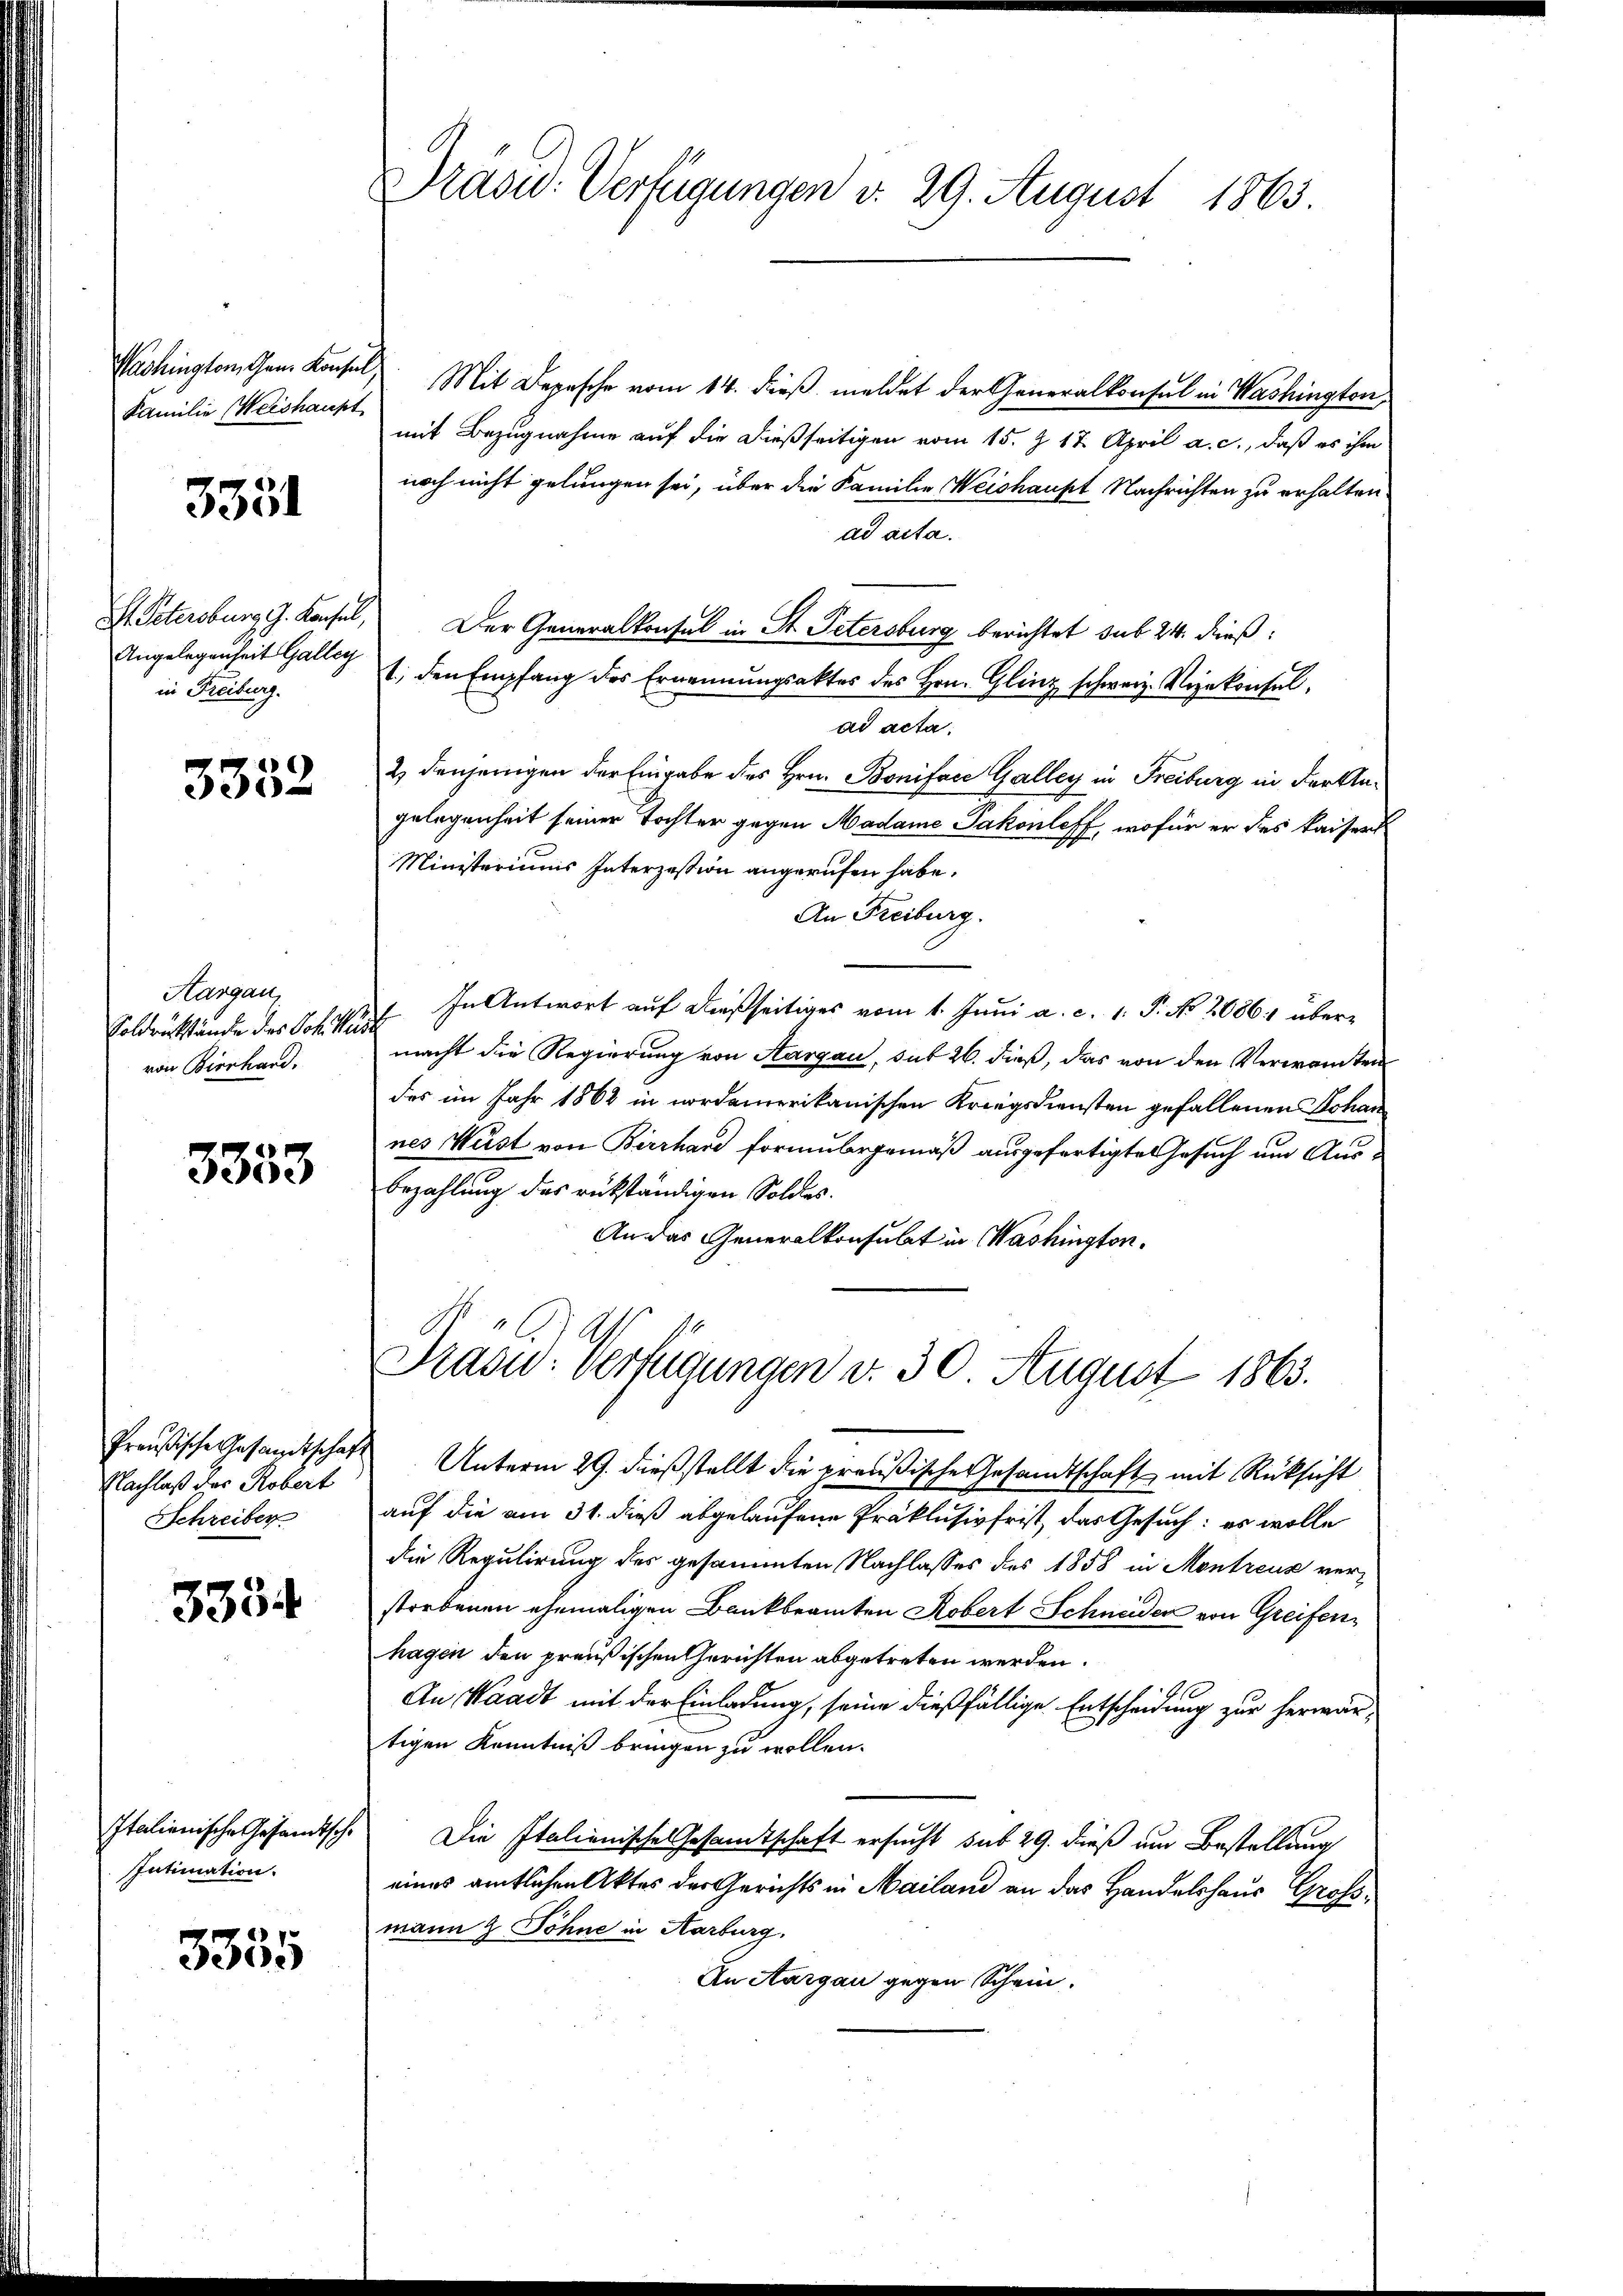
Familie Weishaupt

3351

H Petersburg G. Konsel,
Angelegenheit Galley
in Freiburg.

3352

Aargau,
Soldrückstände des Joh. Wievon Bierhand.

3333

Nachlaß der Robert
Schreiber

3334

Italienische Gesandtsche
Intimation.

3355

Drasu. Verfügungen d. 29. August 1863.

Washington, Gem. Konsul, Mit Depesche vom 14. dieß, meldet der Generalkonsul in Washington,
mit Bezugnahme auf die dießseitigen vom 15. J. 17. April a. c., daß es ihm
noch nicht gelungen sei, über die Familie Weishaupt Nachrichten zu erhalten.
dd acta.
Der Generalkonsul in St. Petersburg berichtet sub 24. dieß:
t., den Empfang des Ernennungsaktes des Hrn. Glinz schweiz. Vizekonfelad acta.
2) denjenigen der Eingabe des Hrn. Boniface Galley in Freiburg in der Angelegenheit seiner Tochter gegen Madame Jakonleff, wofür er des Kaisert
Ministeriums Interzession angerufen habe.
An Freiburg.
In Antwort auf dießseitiges vom 1. Juni a. c. 1. P. No 2086. über¬
.
macht die Regierung von Aargau, sub 26. dieß, das von den Verwandten
des im Jahr 1862 in nordamerikanischen Kriegsdiensten gefallenen Johan
nes Wüst von Birrhard formubergemäß ausgefertigte Gesuch um Aus¬
Bezahlung des rükständigen Soldes.
An das Generalkonsulat in Washington.
Prase Verfügungen v. 30. August 1863.
Preußische Gesandtschaft Unterm 29. dieß stellt die preußische Gesandtschaft mit Rücksicht
auf die am 31. dieß abgelaufene Präklusivfrist, das Gesuch: es wolle
die Regulirung des gesammten Nachlasses des 1858 in Montreus verstorbenen ehemaligen Bankbeamten Robert Schneider von Greifenhagen den preußischen Gerichten abgetreten werden.
An Waadt mit der Einladung, seine dießfällige Entscheidung zur herwärtigen Kenntniß bringen zu wollen.
Die Italienische Gesamtschaft ersucht sub 29. dieß um Bestellung
eines amtlichen Aktes der Gerichts in Mailand an das Handelshaus Großmann & Söhne in Karburg.
An Aargau gegen Schein.